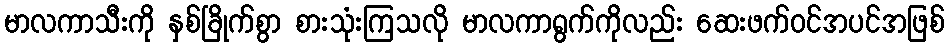
မာလကာသီးကို နှစ်ခြိုက်စွာ စားသုံးကြသလို မာလကာရွက်ကိုလည်း ဆေးဖက်ဝင်အပင်အဖြစ်